Statistics compiled by the Government of India from the reports of provincial Civil Veterinary Departments
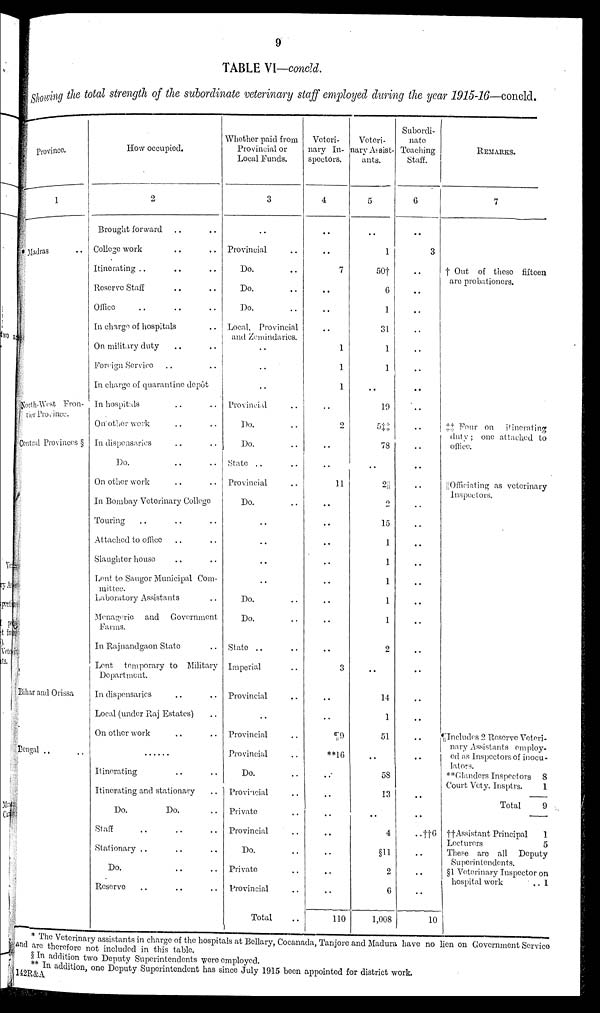
9
TABLE VI—concld.
Showing the total strength of the subordinate veterinary staff employed during the year 1915-16—concld.
province.
1
* Madras ..
North-West Fron-
tier Province.
Central Provinces §
Bihar and Orissa
Bengal .. ..
How occupied.
2
Brought forward .. ..
College work .. ..
Itinerating .. .. ..
Reserve Staff .. ..
Office .. .. ..
In charge of hospitals ..
On military duty .. ..
Foreign Service .. ..
In charge of quarantine depot
In hospitals .. ..
On other work .. ..
In dispensaries .. ..
Do. .. ..
On other work .. ..
In Bombay Veterinary College
Touring .. .. ..
Attached to office .. ..
Slaughter house .. ..
Lent to Saugor Municipal Com-
mittee.
Laboratory Assistants ..
Menagerie and Government
Farms.
In Rajnandgaon State ..
Lent temporary to Military
Department.
In dispensaries .. ..
Local (under Raj Estates) ..
On other work .. ..
......
Itinerating .. ..
Itinerating and stationary ..
Do.
Do. ..
Staff
..
..
..
Stationary .. .. ..
Do. .. ..
Reserve .. .. ..
Whether paid from
Provincial or
Local Funds.
3
..
Provincial ..
Do. ..
Do. ..
Do. ..
Local, Provincial
and Zomindarics.
..
..
..
Provincial ..
Do. ..
Do. ..
State .. ..
Provincial ..
Do. ..
..
..
..
..
Do. ..
Do. ..
State .. ..
Imperial ..
Provincial ..
..
Provincial ..
Provincial ..
Do. ..
Provincial ..
Private ..
Provincial ..
Do. ..
Private ..
Provincial ..
Total ..
Veteri-
nary In-
spectors.
4
..
..
7
..
..
..
1
1
1
..
2
..
..
11
..
..
..
..
..
..
..
..
3
..
..
¶ 9
**16
..
..
..
..
..
..
..
110
Veteri-
nary Assist-
ants.
5
..
1
50†
6
1
31
1
1
..
19
5‡‡
78
..
2||
2
15
1
1
1
1
1
2
..
14
1
51
..
58
13
..
4
§11
2
6
1,008
Subordi-
nate
Teaching
Staff.
6
..
3
..
..
..
..
..
..
..
..
..
..
..
..
..
..
..
..
..
..
..
..
..
..
..
..
..
..
..
..
..††6
..
..
..
10
REMARKS.
7
† Out of these fifteen
are probationers.
‡‡ Four on itinerating
duty; one attached to
office.
||Officiating as veterinary
Inspectors.
¶Includes 2 Reserve Veteri-
nary Assistants employ-
ed as Inspectors of inocu-
lators.
**Glanders Inspectors 8
Court Vety. Insptrs.
1
Total
9
‡‡ Assistant Principal
1
Lecturers
5
These are all Deputy
Superintendents.
§1 Veterinary Inspector on
hospital work
..
1
* The Veterinary assistants in charge of the hospitals at Bellary, Cocanada, Tanjore and Madura have no lien on Government Service
and are therefore not included in this table.
§ In addition two Deputy Superintendents were employed.
** In addition, one Deputy Superintendent has since July 1915 been appointed for district work.
142R&A